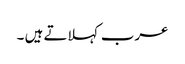
عرب کہلاتے ہیں ۔